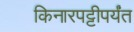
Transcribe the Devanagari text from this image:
किनारपट्टीपर्यंत